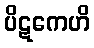
ပိဋကေဟိ